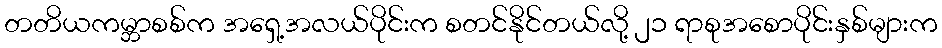
တတိယကမ္ဘာစစ်က အရှေ့အလယ်ပိုင်းက စတင်နိုင်တယ်လို့ ၂၁ ရာစုအစောပိုင်းနှစ်များက